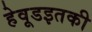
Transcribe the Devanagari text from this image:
हेवूडइतकी